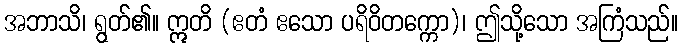
အဘာသိ၊ ရွတ်၏။ ဣတိ (ဧတံ ဧသော ပရိဝိတက္ကော)၊ ဤသို့သော အကြံသည်။